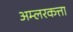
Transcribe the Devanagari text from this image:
अम्लरकत्ता